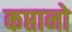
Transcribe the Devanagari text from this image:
कप्तानो